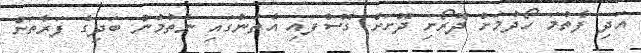
އަދި ފާތުމަ ހޯދުމަށް ދޮރޯށި ދޮށަށް ގޮސްފައި އެތަނުގައި ނެތުމުން ބަދިގެ ފަރާތަށް